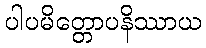
ပါပမိတ္တောပနိဿာယ